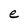
Character: e